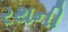
રથની